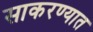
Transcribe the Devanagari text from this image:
साकरण्यात